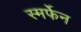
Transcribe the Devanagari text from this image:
स्मर्फेन